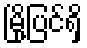
မြို့ပြင်ရှိ